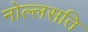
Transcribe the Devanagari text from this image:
नोल्लसति